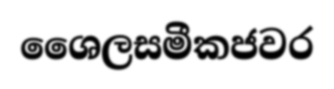
ශෛලසමීකජවර